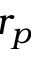
r _ { p }